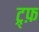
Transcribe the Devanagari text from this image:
ट्र्फ़